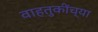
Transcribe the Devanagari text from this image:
वाहतुकींच्या